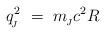
LaTeX: \begin{align*}q_{\!_J}^2 \ = \ m_{\!_J} c^2 R\end{align*}